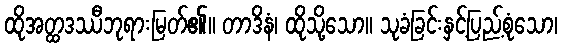
ထိုအတ္ထဒဿီဘုရားမြတ်၏။ တာဒိနံ၊ ထိုသို့သော။ သုခံခြင်းနှင့်ပြည့်စုံသော၊